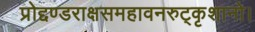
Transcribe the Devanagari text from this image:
प्रोद्दण्डराक्षसमहावनरुट्कृशानो।